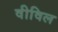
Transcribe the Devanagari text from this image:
वीविल